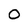
Character: 0